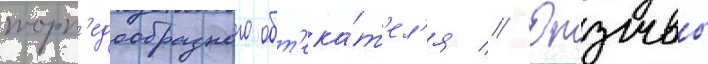
торп'едообразного обт'ека́т'ел'я // Отзывы